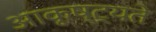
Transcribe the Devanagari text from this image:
आकृष्ट्यते